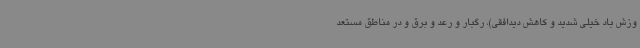
وزش باد خیلی شدید و کاهش دیدافقی)، رگبار و رعد و برق و در مناطق مستعد